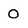
Character: 0